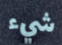
شيء